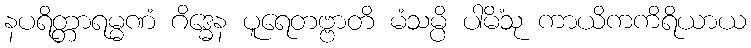
နပရိတ္တာရမ္မဏံ ဂိဒ္ဓေန ပူရေတဗ္ဗာတိ မံသမ္ပိ ပါမိံသု ကာယိကကိရိယာယ